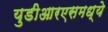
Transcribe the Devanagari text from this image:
युडीआरएसमध्ये